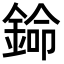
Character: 𬫦